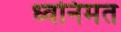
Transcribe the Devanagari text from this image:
ध्वनिमत